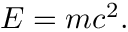
E = m c ^ { 2 } .